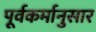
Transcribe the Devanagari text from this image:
पूर्वकर्मानुसार